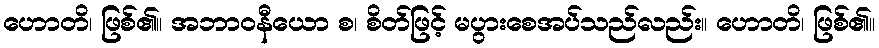
ဟောတိ၊ ဖြစ်၏။ အဘာဝနီယော စ၊ စိတ်ဖြင့် မပွားစေအပ်သည်လည်း။ ဟောတိ၊ ဖြစ်၏။